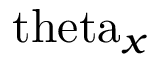
\mathrm { \ t h e t a } _ { x }